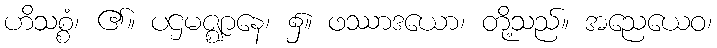
ဟိသစ္စံ၊ ၏။ ပဌမဇ္ဈာနေ၊ ၌။ ဖဿာဒယော၊ တို့သည်။ အညေယေဝ၊